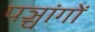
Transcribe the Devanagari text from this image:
पञ्चांगाें